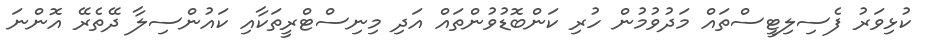
ކުޅިވަރު ފެސިލިޓީސްތައް މަދުވުމުން ހުރި ކަންބޮޑުވުންތައް އަދި މިނިސްޓްރީތަކާއި ކައުންސިލާ ދޭތެރޭ އޮންނަ